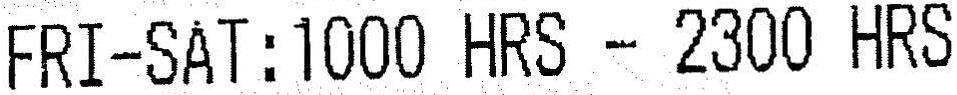
FRI-SAT:1000 HRS - 2300 HRS